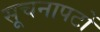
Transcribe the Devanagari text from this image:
सूचनापटों